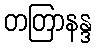
တတြာနန္ဒ